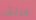
فيتش